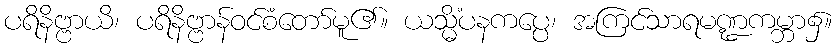
ပရိနိဗ္ဗာယိ၊ ပရိနိဗ္ဗာန်ဝင်စံတော်မူ၏။ ယသ္မိံပနကပ္ပေ၊ အကြင်သာရမဏ္ဍကမ္ဘာ၌။